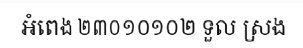
អំពេង ២៣០១០១០២ ទួល ស្រង